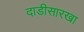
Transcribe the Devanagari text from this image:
दाडीसारखा